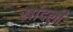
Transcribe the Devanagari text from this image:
खांदली